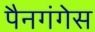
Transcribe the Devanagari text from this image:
पैनगंगेस